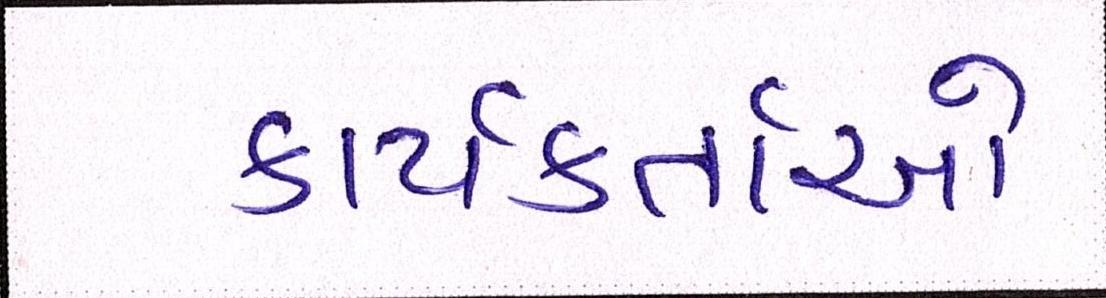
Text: કાર્યકર્તાઓ